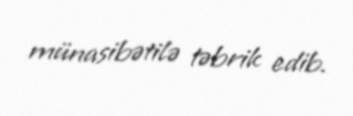
münasibətilə təbrik edib.